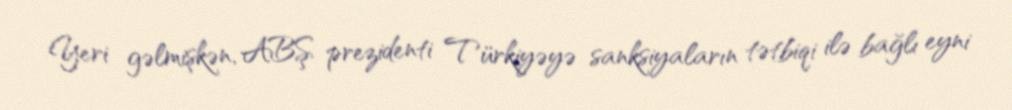
Yeri gəlmişkən, ABŞ prezidenti Türkiyəyə sanksiyaların tətbiqi ilə bağlı eyni